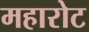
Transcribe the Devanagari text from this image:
महारोट